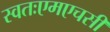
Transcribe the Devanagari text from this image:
स्वतःएमएचसी